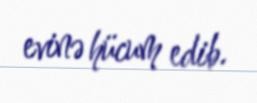
evinə hücum edib.